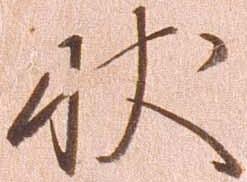
状